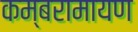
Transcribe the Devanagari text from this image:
कम्बरामायण